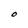
Character: O